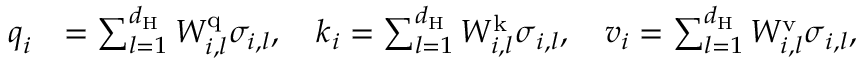
\begin{array} { r l } { \boldsymbol { q } _ { i } } & { = \sum _ { l = 1 } ^ { d _ { \mathrm { H } } } W _ { i , l } ^ { \mathrm { q } } \sigma _ { i , l } , \ \ \ \boldsymbol { k } _ { i } = \sum _ { l = 1 } ^ { d _ { \mathrm { H } } } W _ { i , l } ^ { \mathrm { k } } \boldsymbol { \sigma } _ { i , l } , \ \ \ \boldsymbol { v } _ { i } = \sum _ { l = 1 } ^ { d _ { \mathrm { H } } } W _ { i , l } ^ { \mathrm { v } } \boldsymbol { \sigma } _ { i , l } , } \end{array}